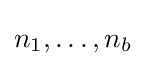
{\textstyle n_{1},\ldots ,n_{b}}